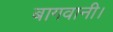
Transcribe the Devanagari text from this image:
बागवानी।